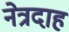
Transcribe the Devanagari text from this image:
नेत्रदाह